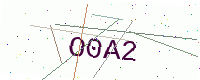
Text: O0A2